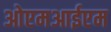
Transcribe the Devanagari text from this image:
ओएमआईएम